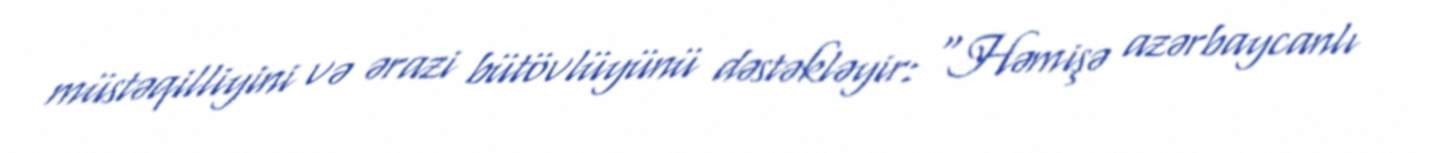
müstəqilliyini və ərazi bütövlüyünü dəstəkləyir: “Həmişə azərbaycanlı